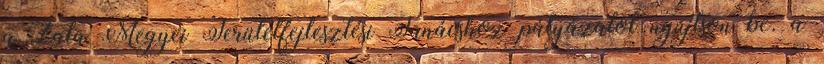
a Zala Megyei Területfejlesztési Tanácshoz pályázatot nyújtson be. a